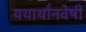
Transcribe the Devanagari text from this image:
यथार्थानवेषी